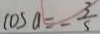
\cos a = - \frac { 3 } { 5 }